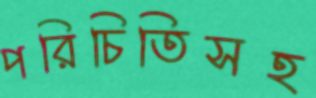
পরিচিতিসহ